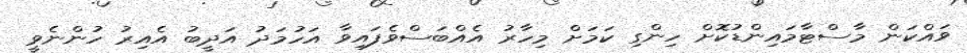
ވައްކަން މާސްޓާމައިންޑުކޮށް ހިންގި ކަމަށް މިހާރު އެއްބަސްވެފައިވާ އަހުމަދު އަދީބު އެއިރު ހުންނެވީ